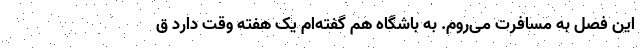
این فصل به مسافرت می‌روم. به باشگاه هم گفته‌ام یک هفته وقت دارد ق